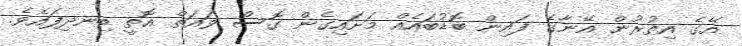
އޭގެ އިތުރުން އޭނާގެ ފައިން ބޮޑުބައެއް މަށައިގެން ގޮސް ވައަތް އޮތީ ބިނދިފައެވެ.